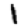
Digit: 1